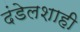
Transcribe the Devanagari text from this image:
दंडेलशाही